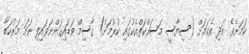
ކަމަށެވެ. އަދި އެކަމަށް (ސިޔާސީ މަސައްކަތްއެކުގައި ކުރުމަށް) ގާސިމް ވަޑައިގަންނަވައިފި ނަމަ މަރުހަބާ